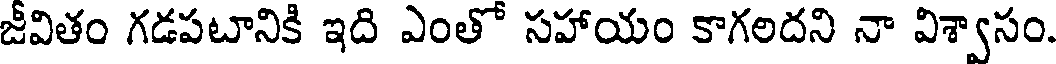
జీవితం గడపటానికి ఇది ఎంతో సహాయం కాగలదని నా విశ్వాసం.